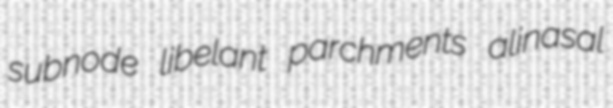
subnode libelant parchments alinasal